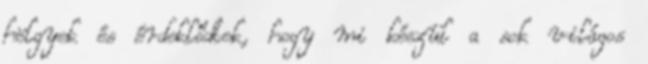
hölgyek és érdeklődtek, hogy mi készül a sok világos